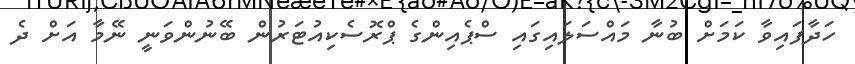
ހަދާފައިވާ ކަމަށް ބުނާ މައްސަލައިގައި ސްޕެއިންގެ ޕްރޮސެކިއުޓަރުން ބޭނުންވަނީ ނޭމާ އަށް ދެ